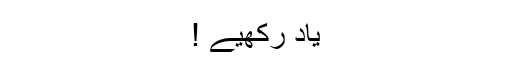
یاد رَکھیے !